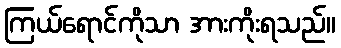
ကြယ်ရောင်ကိုသာ အားကိုးရသည်။